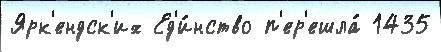
Ярк'ендск'их Ед'и́нство п'ер'ешла́ 1435